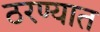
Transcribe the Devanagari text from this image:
ठरण्यात